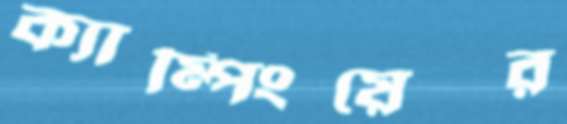
ক্যাম্পিংয়ের